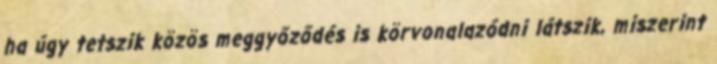
ha úgy tetszik közös meggyőződés is körvonalazódni látszik, miszerint